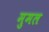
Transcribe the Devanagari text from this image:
मुमल